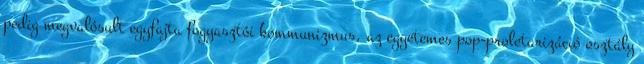
pedig megvalósult egyfajta fogyasztói kommunizmus, az egyetemes pop-proletarizáció osztály